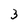
Character: 3